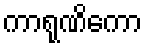
ကာရုဏိကော